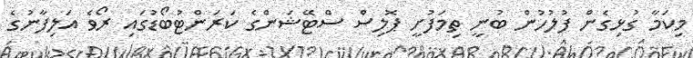
މިކަމާ ގުޅިގެން ފުލުހުން ބުނީ ތިމަަފުށީ ޕޮލިސް ސްޓޭޝަންގެ ކަރަންޓުބޯޑުގައި ރޯވެ އަލިފާނުގެ